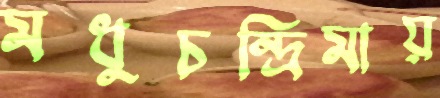
মধুচন্দ্রিমায়